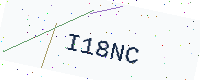
Text: I18NC